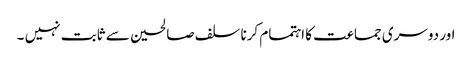
اور دوسری جماعت کا اہتمام کرنا سلف صالحین سے ثابت نہیں ۔